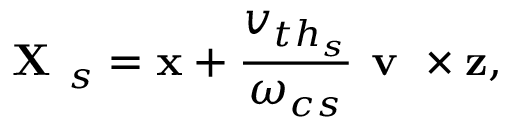
\textbf { X } _ { s } = \mathbf { x } + \frac { v _ { { t h } _ { s } } } { \omega _ { c s } } \textbf { v } \times \mathbf { z } ,